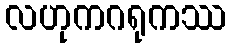
လဟုကဂရုကဿ